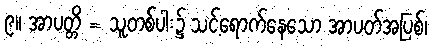
၉။ အာပတ္တိ = သူတစ်ပါး၌ သင့်ရောက်နေသော အာပတ်အပြစ်၊